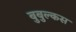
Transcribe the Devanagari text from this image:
बुबुल्कस